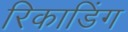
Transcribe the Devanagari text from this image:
रिकाडिंग